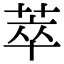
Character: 萃